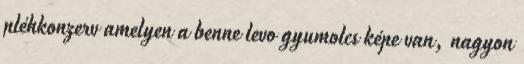
pléhkonzerv amelyen a benne levo gyumolcs képe van, nagyon